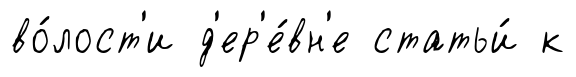
во́лост'и д'ер'е́вн'е статьи́ к